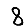
Digit: 8